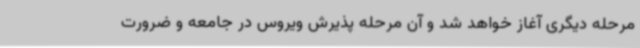
مرحله دیگری آغاز خواهد شد و آن مرحله پذیرش ویروس در جامعه و ضرورت